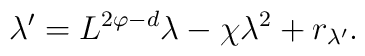
\lambda'=L^{2\varphi-d}\lambda-\chi\lambda^2+r_{\lambda'}.